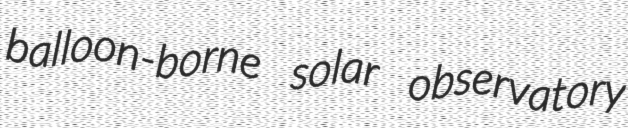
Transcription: balloon-borne solar observatory